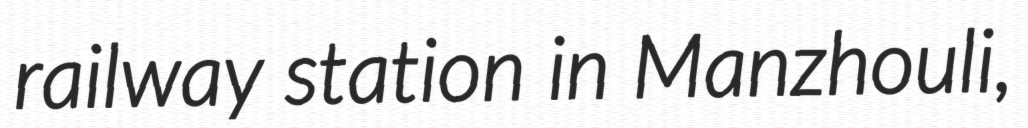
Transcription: railway station in Manzhouli,